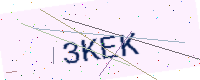
Text: 3KEK